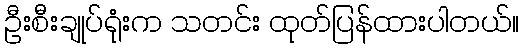
ဦးစီးချုပ်ရုံးက သတင်း ထုတ်ပြန်ထားပါတယ်။